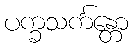
ပက္ခသင်္ကန္တော